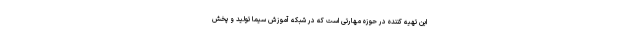
این تهیه کننده در حوزه مهارتی است که در شبکه آموزش سیما تولید و پخش